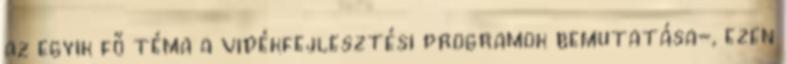
az egyik fő téma a vidékfejlesztési programok bemutatása-, ezen